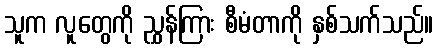
သူက လူတွေကို ညွှန်ကြား စီမံတာကို နှစ်သက်သည်။